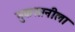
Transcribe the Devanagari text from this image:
नुकसानीला